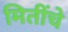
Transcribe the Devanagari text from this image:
मितींचे